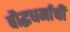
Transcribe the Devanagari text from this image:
बौद्धधर्माची